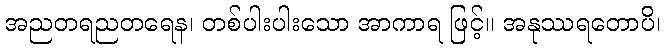
အညတရညတရေန၊ တစ်ပါးပါးသော အာကာရ ဖြင့်။ အနုဿရတောပိ၊